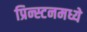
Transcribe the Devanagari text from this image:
प्रिन्स्टनमध्ये